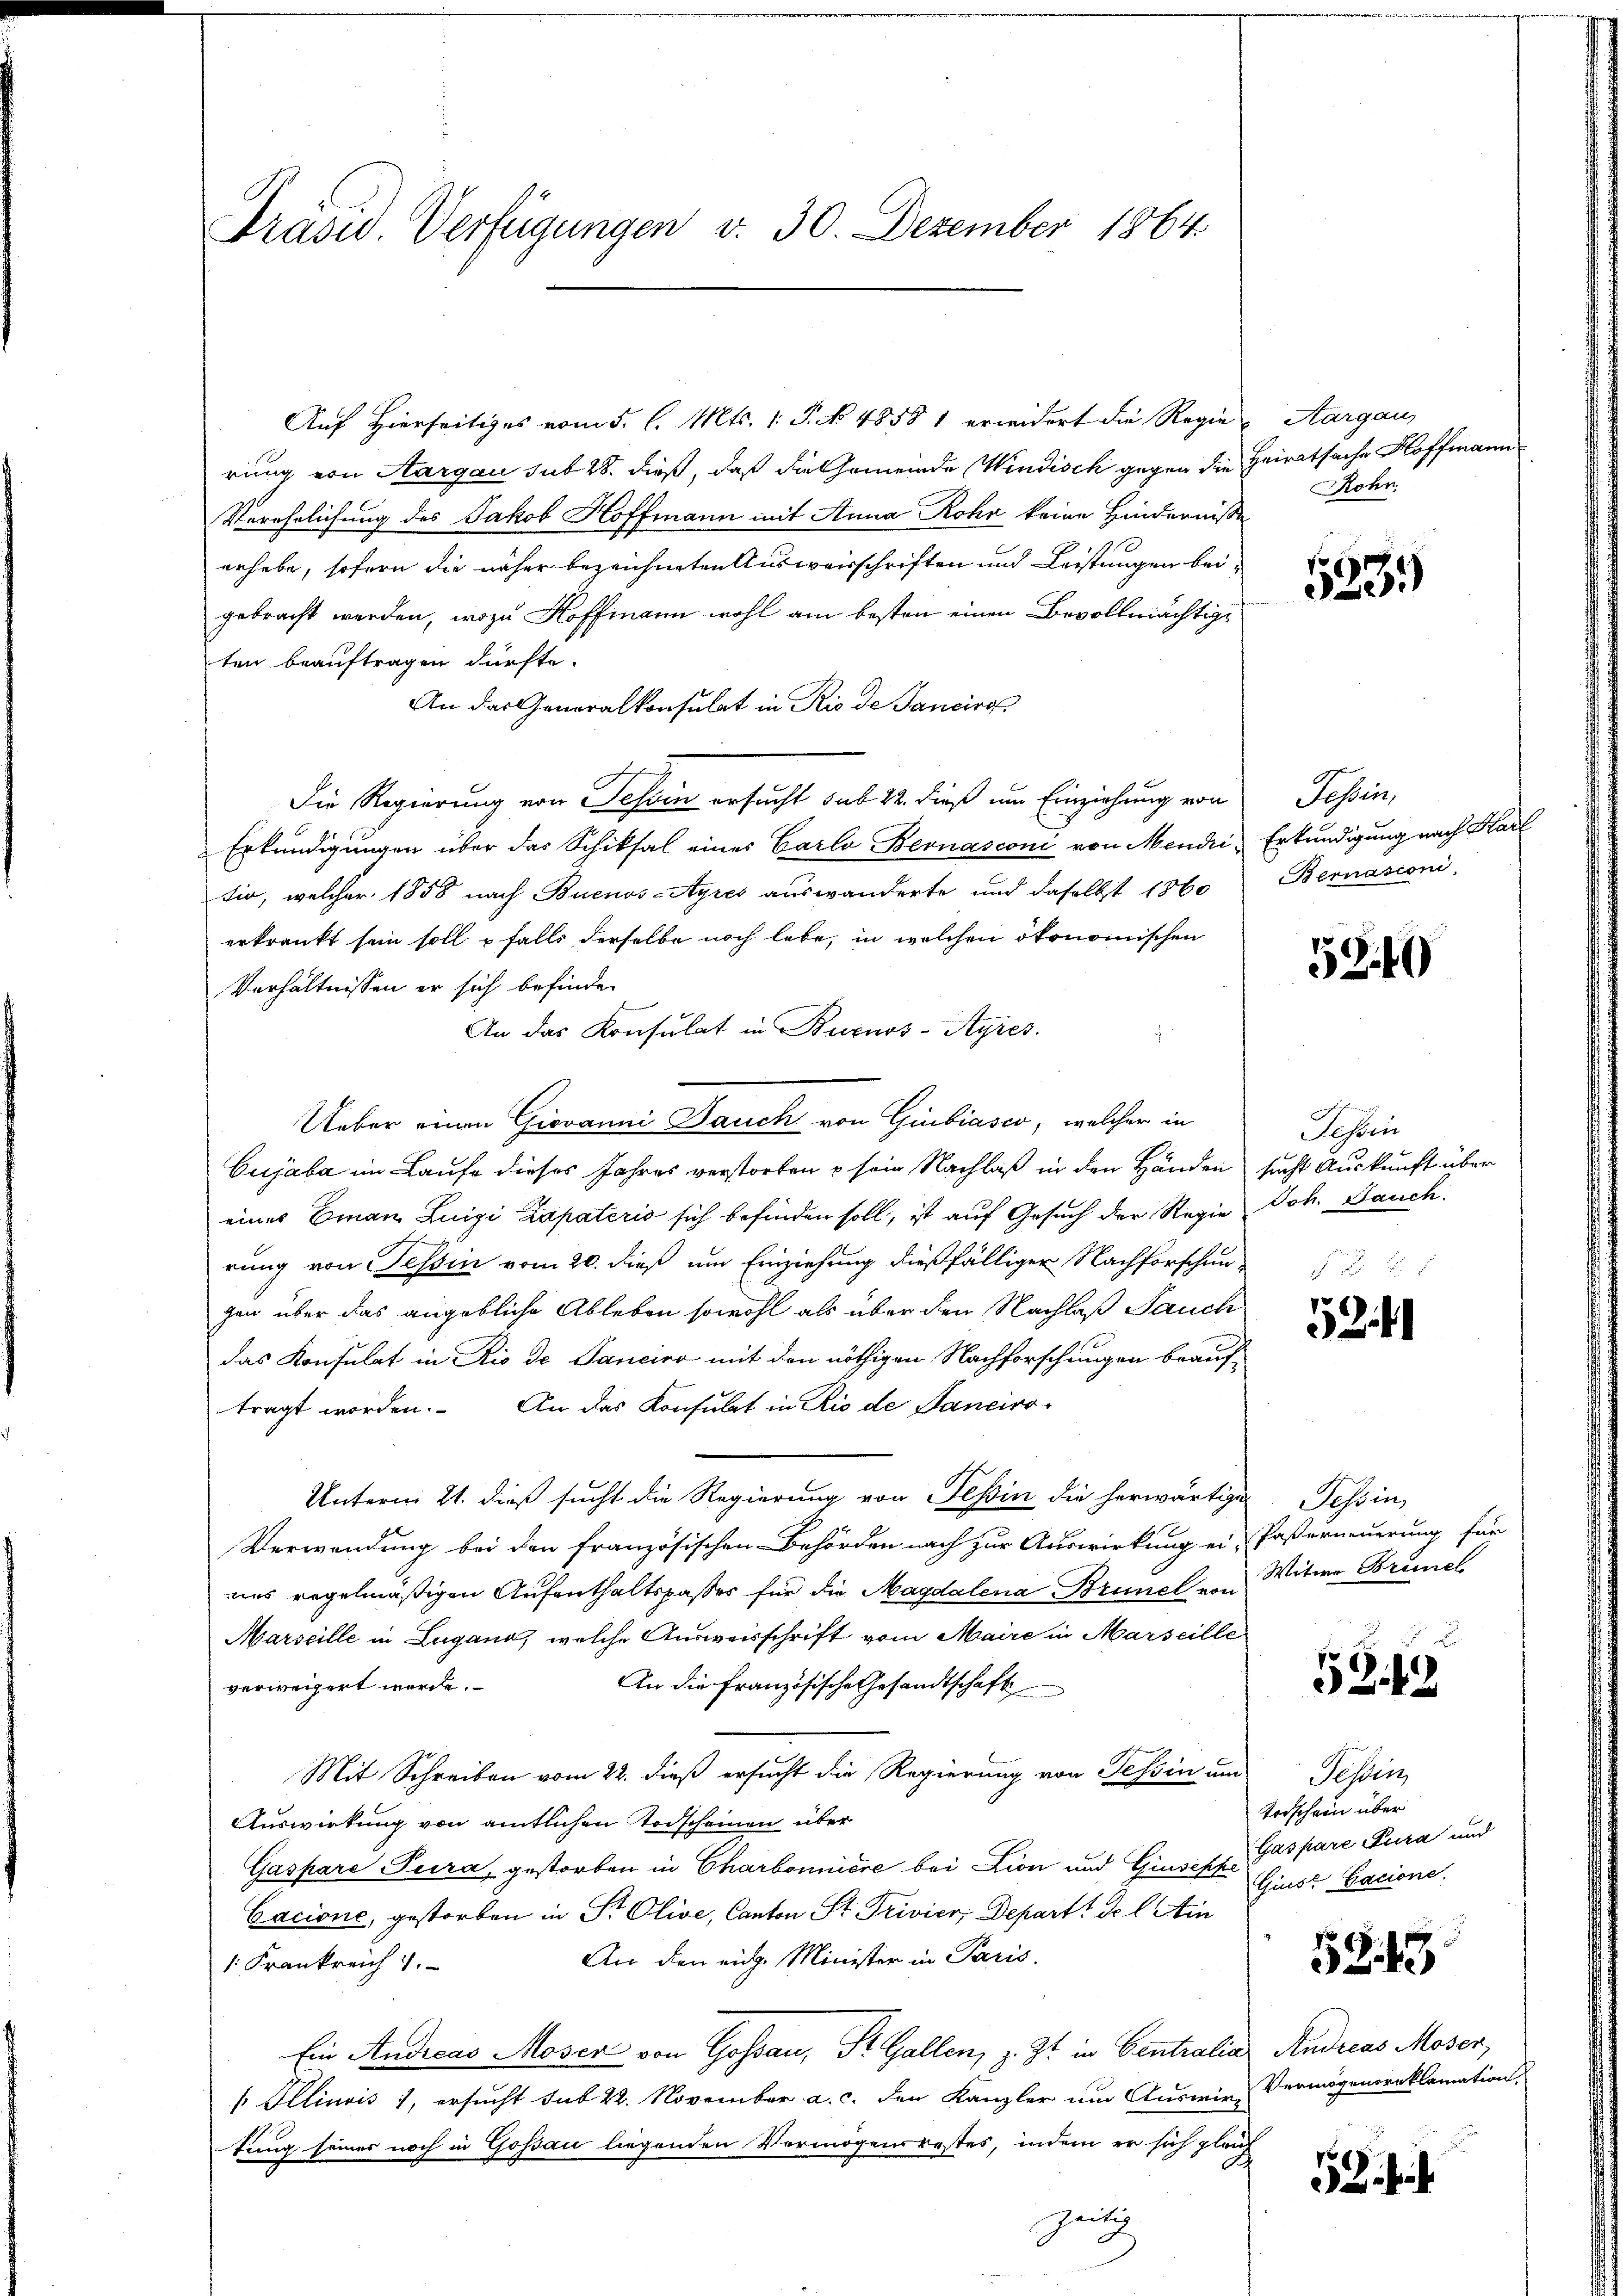
Präsid. Verfügungen v. 30. Dezember 1864.

Auf Hierseitiges vom 5. l. Mts. 1. P. NNo. 4858 1 erwidert die Regierung von Aargau sub 28. dieß, daß die Gemeinde Windisch gegen die Heiratsache Hoffmann
Verehrlichung des Jakob Hoffmann mit Anna Rohr keine Hindernisse
.
erhebe, sofern die näher bezeichneten Ausweisschriften und Leistungen beigebracht werden, wozu Hoffmann wohl am besten einen Bevollmächtige
ten beauftragen dürfte.
An das Generalkonsulat in Rio de Sancirg
Die Regierung von Tessin ersucht sub 22. dieß um Einziehung von
Erkundigungen über das Schiksal eines Carlo Bernasconi von Mendri, Erkundigung nach Kart
tio, welcher 1858 nach Buenos-Ayres auswanderte und daselbst 1860
erkrankt sein soll & falls derselbe noch lebe, in welchen ökonomischen
Verhältnissen er sich befinde
An das Konsulat in Buenos-Ayres.
Ueber einen Giovanni Dauch von Giubiasco, welcher in
Cujaba im Laufe dieses Jahres verstorben u sein Nachlaß in den Händen sucht Auskunft über
eines Eman Luigi Zapaterio sich befinden soll, ist auf Gesuch der Regie Joh. Bauch
rung von Tessin vom 20. dieß um Einziehung dießfälliger Nachforschungen über das angebliche Ableben sowohl als über den Nachlaß Pauch
das Konsulat in Rio de Sanciro mit den nöthigen Nachforschungen beauf
tragt worden. An das Konsulat in Rio de Fanciro¬
Unterm 21. dieß sucht die Regierung von Tessin die herwärtige Tessin,
Verwendung bei den französischen Behörden nach zur Auswirkung ei-Pasterneuerung für
uns regelmäßigen Aufenthaltspasses für die Magdalena Brunel von Witwe Brinel
Marseille in Lugano, welche Ausweisschrift vom Maire in Marseille
An die französische Gesandtschaft
verweigert werde.
Mit Schreiben vom 22. dieß ersucht die Regierung von Tessin um
Auswirkung von amtlichen Vorscheinen über
Gaspare Jura, gestorben in Charbonniere bei Lion und Giusepke Ginst Cacione.
Cacione, gestorben in Sr Olive, Canton St. Privier, Depart de l. Ain
An den eidg. Minister in Paris.
1: Frankreich
Ein Andreas Moser von Gossau, St. Gallen, z. Zt. in Centralia Andreas Moser,
s Illinois, ersucht sub 22. November a. c. den Kanzler um Auswir
tung seiner noch in Gossau liegenden Vermögensrestes, indem er sich plaiz
Zeitu
2

Aargaus
Rohn.

523.

Tessin,
ernasconi,

5240

Sohin

5241

5242

Sessen
Torschein über
Gaspare Jura und

5243

Vermögensreklamation.

5 hei